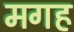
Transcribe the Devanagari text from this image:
मगह